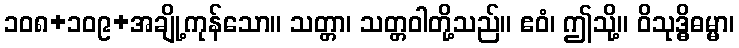
၁၀၈+၁၀၉+အချို့ကုန်သော။ သတ္တာ၊ သတ္တဝါတို့သည်။ ဧဝံ၊ ဤသို့။ ဝိသုဒ္ဓိဓမ္မာ၊